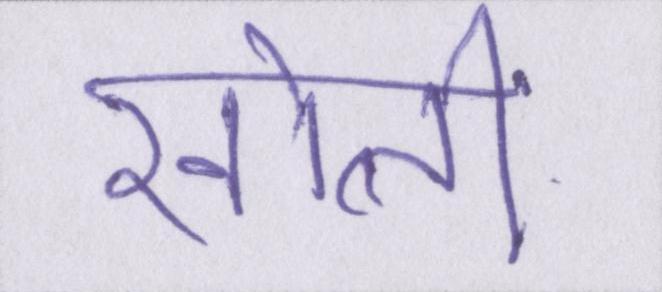
खोलीं